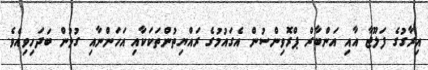
އިރާގުގެ ފަލޫޖާ އާއި އަންބާރް ޕްރޮވިންސުން އެގައުމުގެ ރައްޔިތުންތަކަކާއި އަހަންނާއި ގުޅުން ބަދަހިވިއެވެ.